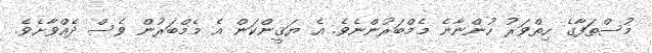
މުސްތަފާގެ ހިތްވަރު ހުންނާނެ މެމްބަރުންނެވެ. އެ ޔަޤީންކަން އެ މެމްބަރުން ވެސް ދެއްވާށެވެ.